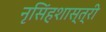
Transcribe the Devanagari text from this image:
नृसिंहशास्त्री